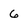
Character: 6